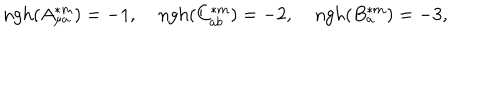
\mathrm { n g h } ( A _ { \mu a } ^ { \ast m } ) = - 1 , \; \mathrm { n g h } ( C _ { a b } ^ { \ast m } ) = - 2 , \; \mathrm { n g h } ( B _ { a } ^ { \ast m } ) = - 3 ,